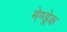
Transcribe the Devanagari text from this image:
मेण्ड्रेक